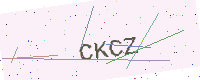
Text: CKCZ